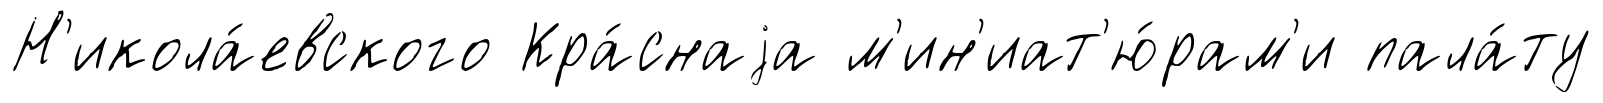
Н'икола́евского Кра́снаjа м'ин'иат'ю́рам'и пала́ту